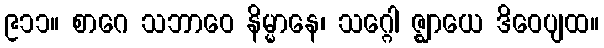
၉၁၁။ စာဂေ သဘာဝေ နိမ္မာနေ၊ သဂ္ဂေါ ဇ္ဈာယေ ဒိဝေပျထ။